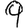
Digit: 9